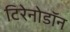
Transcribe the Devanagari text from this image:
टिरेनोडॉन